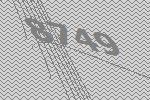
8749